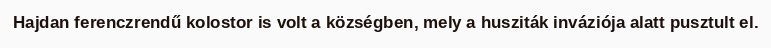
Hajdan ferenczrendű kolostor is volt a községben, mely a husziták inváziója alatt pusztult el.